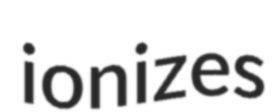
ionizes